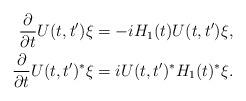
LaTeX: \begin{align*}\frac{\partial }{\partial t} U(t,t') \xi &= -i H_1 (t) U(t,t') \xi ,\\ \frac{\partial }{\partial t} U(t,t') ^* \xi &= i U(t,t')^* H_1 (t) ^* \xi . \end{align*}